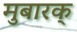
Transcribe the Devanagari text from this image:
मुबारक्